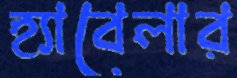
হ্যাবেলার